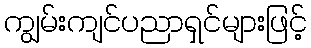
ကျွမ်းကျင်ပညာရှင်များဖြင့်